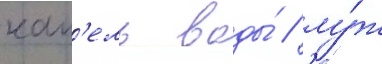
кап'ель воды́ / лу́ж